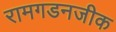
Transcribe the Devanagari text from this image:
रामगडनजीक